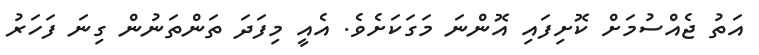
އަތު ޖެއްސުމަށް ކޮށިފައި އޮންނަ މަގަކަށެވެ. އެއީ މިފަދަ ތަންތަނުން ގިނަ ފަހަރު